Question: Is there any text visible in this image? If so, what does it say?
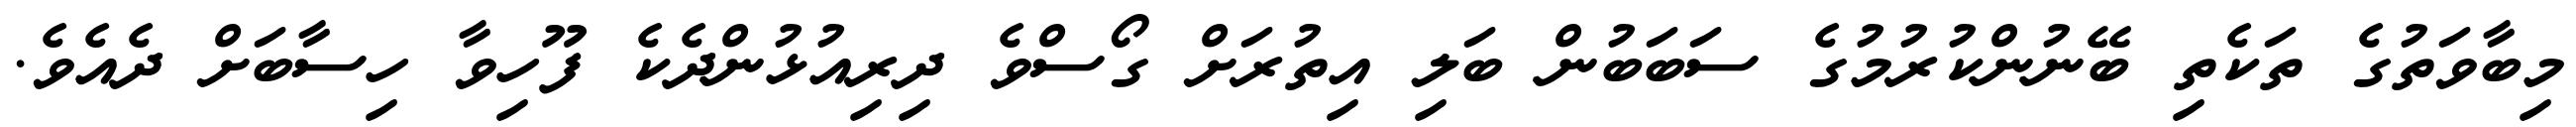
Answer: މިބާވަތުގެ ތަކެތި ބޭނުންކުރުމުގެ ސަބަބުން ބަލި އިތުރަށް ގޯސްވެ ދިރިއުޅުންދެކެ ފޫހިވާ ހިސާބަށް ދެއެވެ.